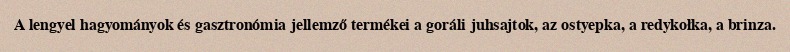
A lengyel hagyományok és gasztronómia jellemző termékei a goráli juhsajtok, az ostyepka, a redykołka, a brinza.